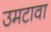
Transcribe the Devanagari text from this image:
उमटावा